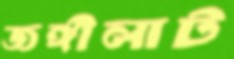
জঙ্গীলাট